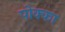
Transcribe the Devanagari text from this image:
पोक्का